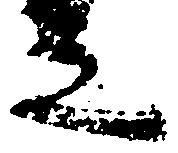
之